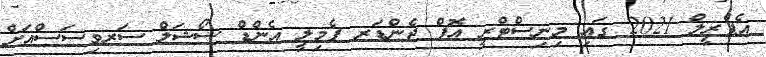
އެޕްރީލް 2021 ގައި މިނިސްޓްރީ އޮފް ޖެންޑަރ ފެމިލީ އެންޑް ސޯޝަލް ސަރވިސަސްއަށް